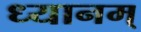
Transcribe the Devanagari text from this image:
ध्यानम्